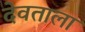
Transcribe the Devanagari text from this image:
देवताला